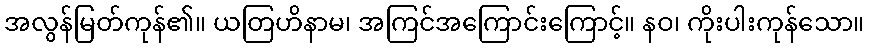
အလွန်မြတ်ကုန်၏။ ယတြဟိနာမ၊ အကြင်အကြောင်းကြောင့်။ နဝ၊ ကိုးပါးကုန်သော။